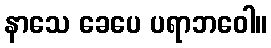
နာသေ ခေပေ ပရာဘဝေါ။